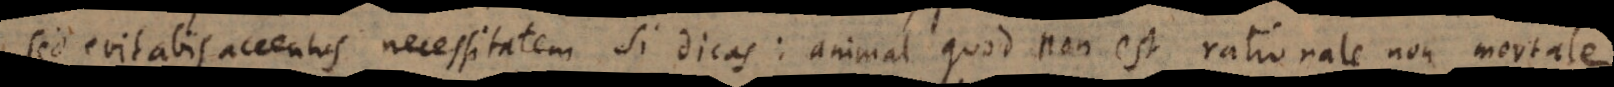
Sed evitabis accentus necessitatem si dicas: animal quod non est rationale non mortale.